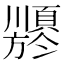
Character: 𬱍